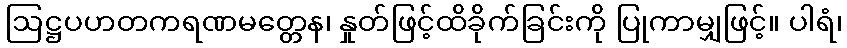
ဩဋ္ဌပဟတကရဏမတ္တေန၊ နှုတ်ဖြင့်ထိခိုက်ခြင်းကို ပြုကာမျှဖြင့်။ ပါရံ၊